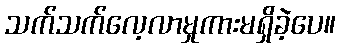
သက်သက်လေ့လာမှုကားမရှိခဲ့ပေ။